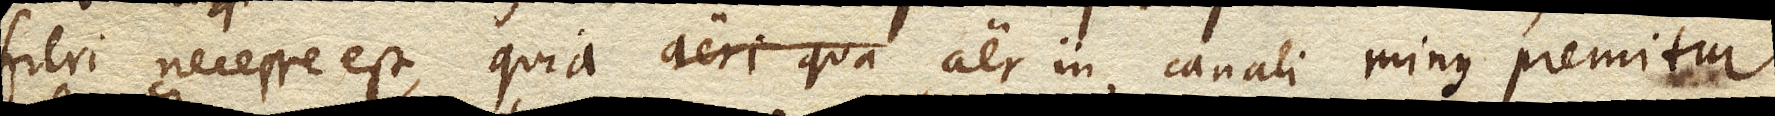
fieri necesse est, quia aer in canali minus premitur